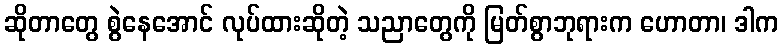
ဆိုတာတွေ စွဲနေအောင် လုပ်ထားဆိုတဲ့ သညာတွေကို မြတ်စွာဘုရားက ဟောတာ၊ ဒါက